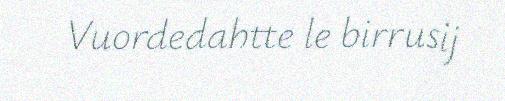
Vuordedahtte le birrusij